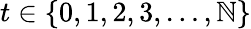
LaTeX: t\in\{ 0,1,2,3,\ldots,\mathbb{N}\}